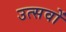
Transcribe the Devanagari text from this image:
उत्सवों